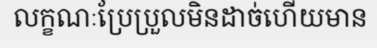
លក្ខណៈប្រែប្រួលមិនដាច់ហើយមាន